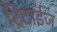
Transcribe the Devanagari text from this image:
ट्रिटाईज